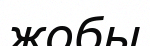
жобы